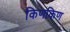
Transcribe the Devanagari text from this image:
किणकिण